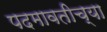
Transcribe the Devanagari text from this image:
पदमावतीच्या